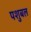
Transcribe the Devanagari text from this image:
पशुबल